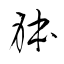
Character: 躰